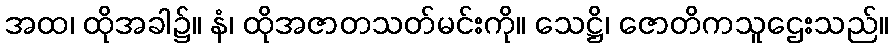
အထ၊ ထိုအခါ၌။ နံ၊ ထိုအဇာတသတ်မင်းကို။ သေဋ္ဌိ၊ ဇောတိကသူဌေးသည်။